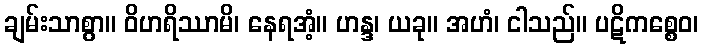
ချမ်းသာစွာ။ ဝိဟရိဿာမိ၊ နေရအံ့။ ဟန္ဒ၊ ယခု။ အဟံ၊ ငါသည်။ ပဋိကစ္စေဝ၊